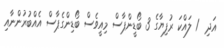
އަދި  1 ލައްކަ ރުފިޔާގެ 3 ބޯޑީންޕާސް މިއީވެސް ބޯޑިންގެޕާސް އެއްބުރުންނާއި